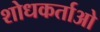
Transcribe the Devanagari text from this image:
शोधकर्ताओ